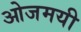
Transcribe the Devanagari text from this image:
ओजमयी